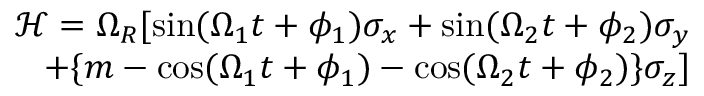
\begin{array} { r } { \mathcal { H } = \Omega _ { R } [ \mathrm { s i n } ( \Omega _ { 1 } t + \phi _ { 1 } ) \sigma _ { x } + \mathrm { s i n } ( \Omega _ { 2 } t + \phi _ { 2 } ) \sigma _ { y } } \\ { + \{ m - \mathrm { c o s } ( \Omega _ { 1 } t + \phi _ { 1 } ) - \mathrm { c o s } ( \Omega _ { 2 } t + \phi _ { 2 } ) \} \sigma _ { z } ] } \end{array}